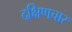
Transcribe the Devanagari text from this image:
दक्षिणचार